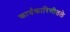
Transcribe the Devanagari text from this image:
कार्यकारिणीतले